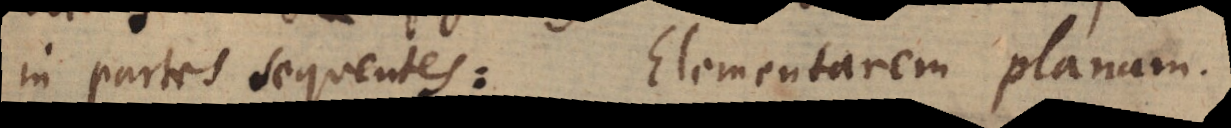
in partes sequentes: Elementarem planam.